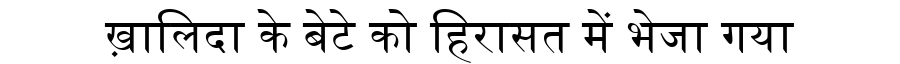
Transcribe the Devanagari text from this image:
ख़ालिदा के बेटे को हिरासत में भेजा गया